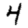
Digit: 4